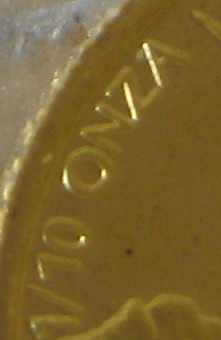
v10 ONZA